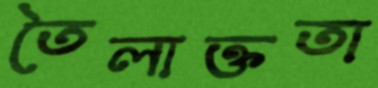
তৈলাক্ততা